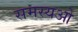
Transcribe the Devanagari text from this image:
समस्यओ